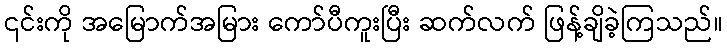
၎င်းကို အမြောက်အမြား ကော်ပီကူးပြီး ဆက်လက် ဖြန့်ချိခဲ့ကြသည်။